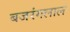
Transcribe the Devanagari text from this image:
बजरंगलाल